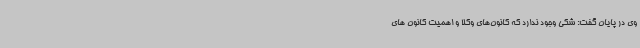
وی در پایان گفت: شکی وجود ندارد که کانون‌های وکلا و اهمیت کانون های